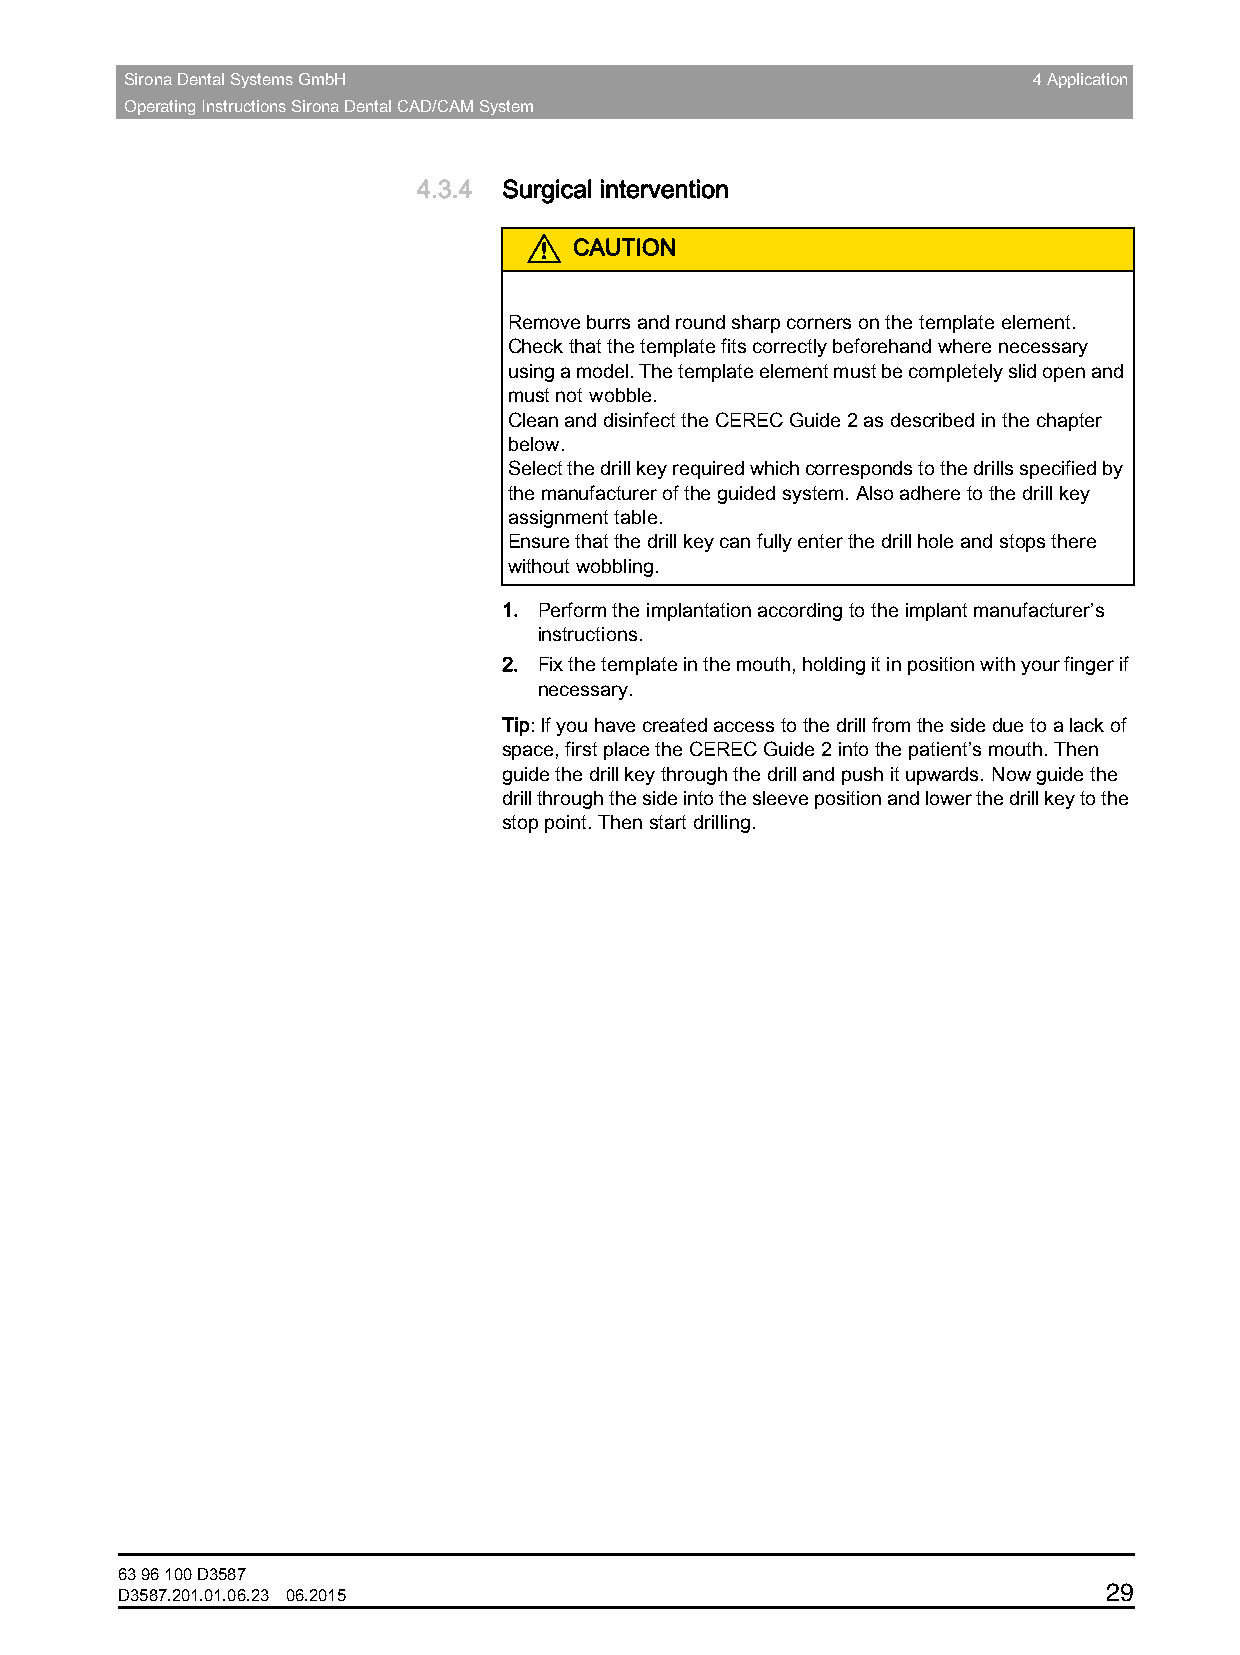
Sirona Dental Systems GmbH                                  4 Application
 Operating Instructions Sirona Dental CAD/CAM System
 4.3.4 Surgical intervention
 CAUTION
 Remove burrs and round sharp corners on the template element.
 Check that the template fits correctly beforehand where necessary
 using a model. The template element must be completely slid open and
 must not wobble.
 Clean and disinfect the CEREC Guide 2 as described in the chapter
 below.
 Select the drill key required which corresponds to the drills specified by
 the manufacturer of the guided system. Also adhere to the drill key
 assignment table.
 Ensure that the drill key can fully enter the drill hole and stops there
 without wobbling.
 1. Perform the implantation according to the implant manufacturer’s
 instructions.
 2. Fix the template in the mouth, holding it in position with your finger if
 necessary.
 Tip: If you have created access to the drill from the side due to a lack of
 space, first place the CEREC Guide 2 into the patient’s mouth. Then
 guide the drill key through the drill and push it upwards. Now guide the
 drill through the side into the sleeve position and lower the drill key to the
 stop point. Then start drilling.
 63 96 100 D3587
 29
 D3587.201.01.06.23 06.2015